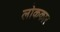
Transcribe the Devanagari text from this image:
लोककार